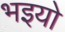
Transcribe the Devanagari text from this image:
भइयो